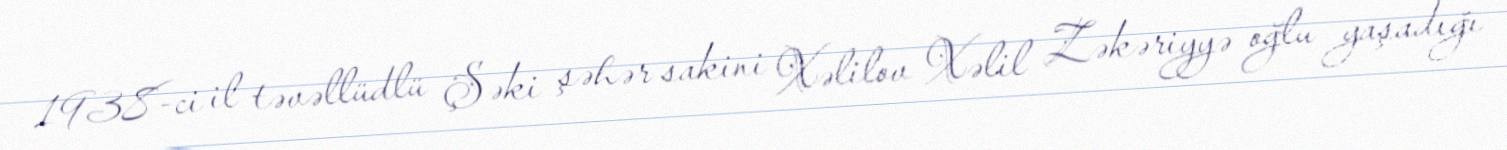
1938-ci il təvəllüdlü Şəki şəhər sakini Xəlilov Xəlil Zəkəriyyə oğlu yaşadığı